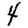
Digit: 4